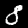
Digit: 8